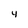
Character: 4